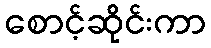
စောင့်ဆိုင်းကာ